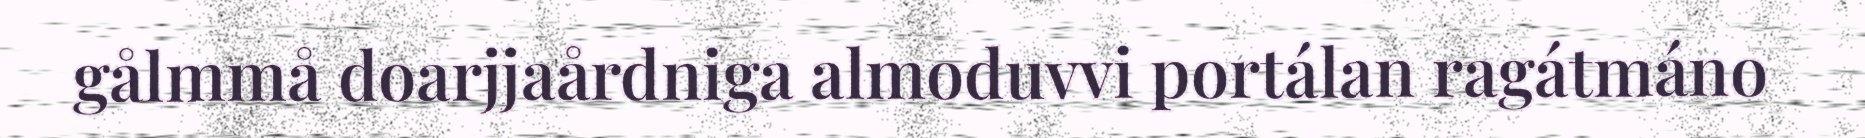
gålmmå doarjjaårdniga almoduvvi portálan ragátmáno